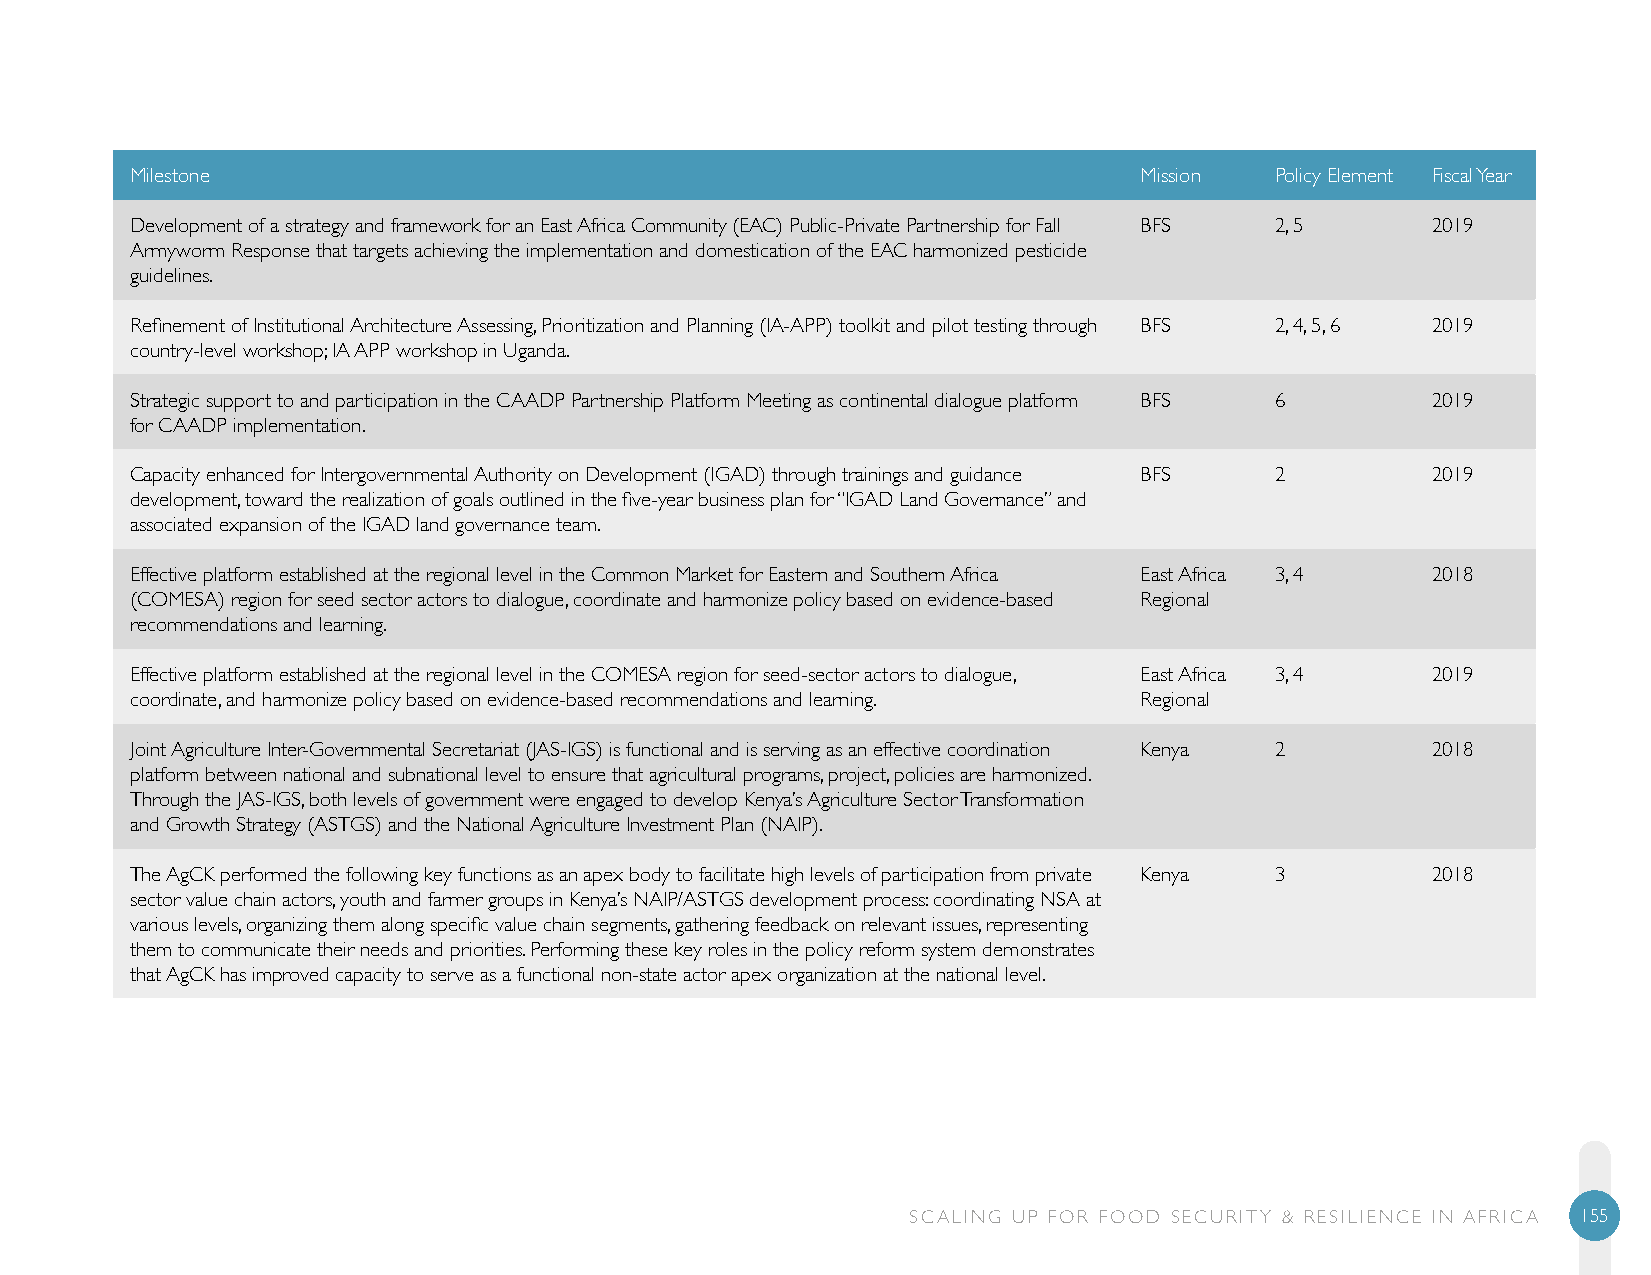
Milestone                                                         Mission  Policy Element Fiscal Year
 Development of a strategy and framework for an East Africa Community (EAC) Public-Private Partnership for Fall BFS 2, 5 2019
 Armyworm Response that targets achieving the implementation and domestication of the EAC harmonized pesticide
 guidelines.
 Refinement of Institutional Architecture Assessing, Prioritization and Planning (IA-APP) toolkit and pilot testing through BFS 2, 4, 5, 6 2019
 country-level workshop; IA APP workshop in Uganda.
 Strategic support to and participation in the CAADP Partnership Platform Meeting as continental dialogue platform BFS 6 2019
 for CAADP implementation.
 Capacity enhanced for Intergovernmental Authority on Development (IGAD) through trainings and guidance BFS 2 2019
 development, toward the realization of goals outlined in the five-year business plan for “IGAD Land Governance” and
 associated expansion of the IGAD land governance team.
 Effective platform established at the regional level in the Common Market for Eastern and Southern Africa East Africa 3, 4 2018
 (COMESA) region for seed sector actors to dialogue, coordinate and harmonize policy based on evidence-based Regional
 recommendations and learning.
 Effective platform established at the regional level in the COMESA region for seed-sector actors to dialogue, East Africa 3, 4 2019
 coordinate, and harmonize policy based on evidence-based recommendations and learning. Regional
 Joint Agriculture Inter-Governmental Secretariat (JAS-IGS) is functional and is serving as an effective coordination Kenya 2 2018
 platform between national and subnational level to ensure that agricultural programs, project, policies are harmonized.
 Through the JAS-IGS, both levels of government were engaged to develop Kenya’s Agriculture Sector Transformation
 and Growth Strategy (ASTGS) and the National Agriculture Investment Plan (NAIP).
 The AgCK performed the following key functions as an apex body to facilitate high levels of participation from private Kenya 3 2018
 sector value chain actors, youth and farmer groups in Kenya’s NAIP/ASTGS development process: coordinating NSA at
 various levels, organizing them along specific value chain segments, gathering feedback on relevant issues, representing
 them to communicate their needs and priorities. Performing these key roles in the policy reform system demonstrates
 that AgCK has improved capacity to serve as a functional non-state actor apex organization at the national level.
 SCALING UP FOR FOOD SECURITY & RESILIENCE IN AFRICA 155